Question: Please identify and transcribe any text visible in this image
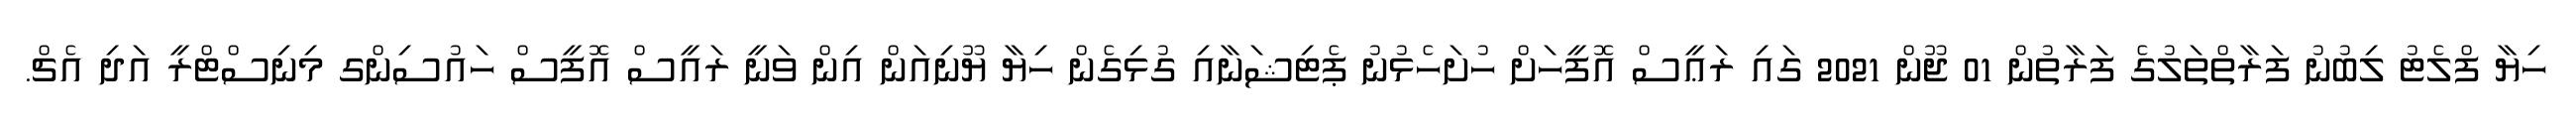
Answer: ހިޔާ ފްލެޓު ލިބުނު ފަރާތްތަލުގެ ފަރާތުން 01 ޖޫން 2021 ގައި ރަޢީސް އޮފީހަށް ހުށަހެޅުނު ޕެޓިޝަނާއި ގުޅިގެން ހިޔާ ޔޫނިއަން އިން ވަނީ ރައީސް އޮފީސް ހައުސިންގ މިނިސްޓްރީ އަދި އެޗް.